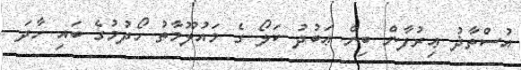
އުސްތާޛު ޢިރުފާން ބިން ޢަބުދު ކަލޯ ގެ މައުލޫމާތު ހޯދުމުގެ ބައި ހާދަ